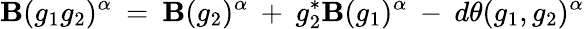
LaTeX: {\cal\mathbf{B}}(g_{1}g_{2})^{\alpha}\: =\: {\cal\mathbf{B}}(g_{2})^{\alpha}\: +\: g_{2}^{*}{\cal\mathbf{B}}(g_{1})^{\alpha}\: -\: d\theta(g_{1},g_{2})^{\alpha}